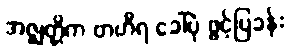
အဇ္ဈတ္တိက ဗာဟိရ ခေါ်ပုံ ဖွင့်ပြခန်း